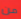
من